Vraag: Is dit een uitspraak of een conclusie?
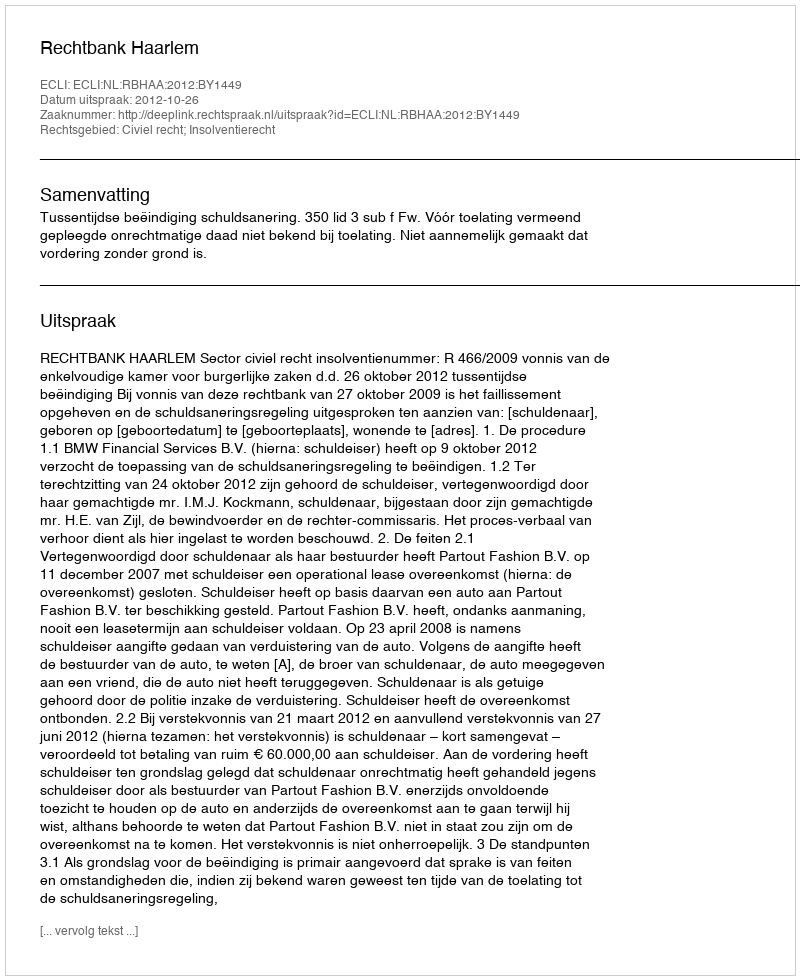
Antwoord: Uitspraak